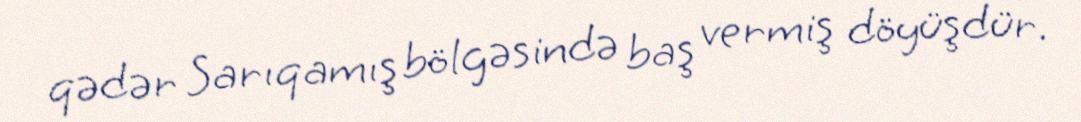
qədər Sarıqamış bölgəsində baş vermiş döyüşdür.